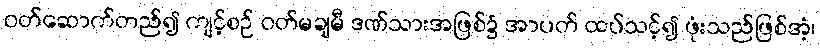
ဝတ်ဆောက်တည်၍ ကျင့်စဉ် ဝတ်မချမီ ဒဏ်သားအဖြစ်၌ အာပတ် ထပ်သင့်၍ ဖုံးသည်ဖြစ်အံ့၊